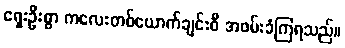
ရှေးဦးစွာ ကလေးတစ်ယောက်ချင်းစီ အဖမ်းခံကြရသည်။